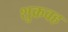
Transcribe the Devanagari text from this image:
शुक्रवह